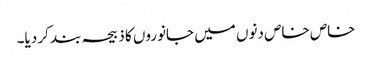
خاص خاص دنوں میں جانوروں کا ذبیحہ بند کر دیا۔